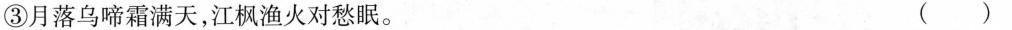
③月落乌啼霜满天，江枫渔火对愁眠。（ ）